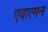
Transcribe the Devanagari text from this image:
एवात्मन